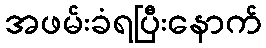
အဖမ်းခံရပြီးနောက်